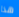
هذا